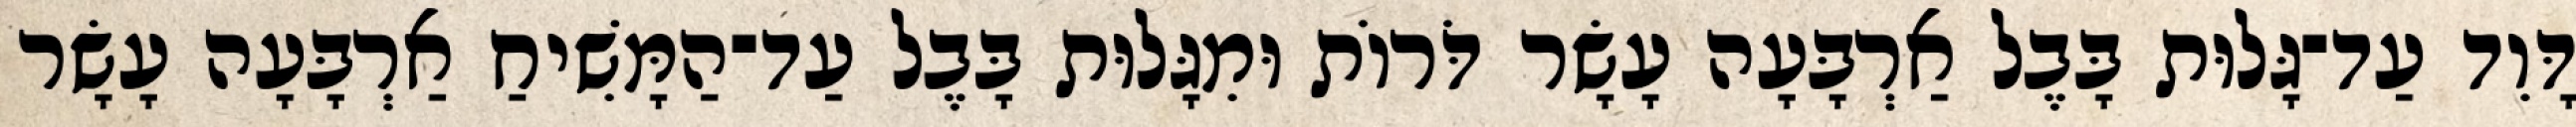
דָּוִד עַד־גָּלוּת בָּבֶל אַרְבָּעָה עָשָׂר דֹּרוֹת וּמִגָּלוּת בָּבֶל עַד־הַמָּשִׁיחַ אַרְבָּעָה עָשָׂר